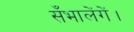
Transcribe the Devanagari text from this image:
सँभालेंगें।